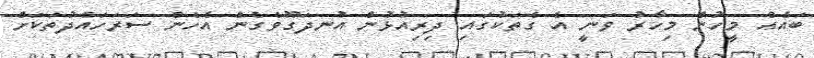
ބައެއް މީހުން މިހާރު ވަނީ އެ ގެތަކުގައި ދިރިއުޅުން އުނދަގޫވެގެން އެހެން ސަރަހައްދުތަކަށް